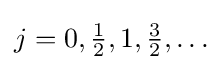
j=0,{\tfrac {1}{2}},1,{\tfrac {3}{2}},\ldots